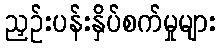
ညှဉ်းပန်းနှိပ်စက်မှုများ